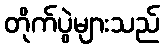
တိုက်ပွဲများသည်